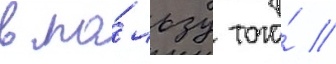
в по́льзу того́ /